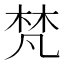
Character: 梵